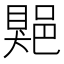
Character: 𨜯